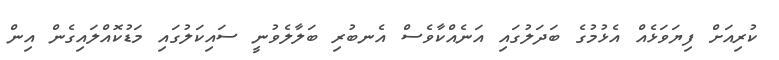
ކުރިއަށް ފިޔަވަޅެއް އެޅުމުގެ ބަދަލުގައި އަނެއްކާވެސް އެނބުރި ބަލާލެވުނީ ސައިކަލުގައި މަޑުކޮއްލައިގެން އިން